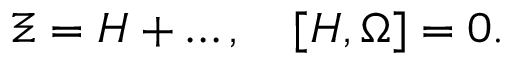
\Xi = { \cal H } + \ldots , \quad [ { \cal H } , \Omega ] = 0 .